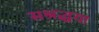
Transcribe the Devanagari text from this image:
सश्रद्धया